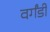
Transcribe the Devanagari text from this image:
वर्गंडी